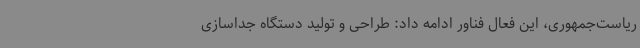
ریاست‌جمهوری، این فعال فناور ادامه ‌داد: طراحی و تولید دستگاه جداسازی